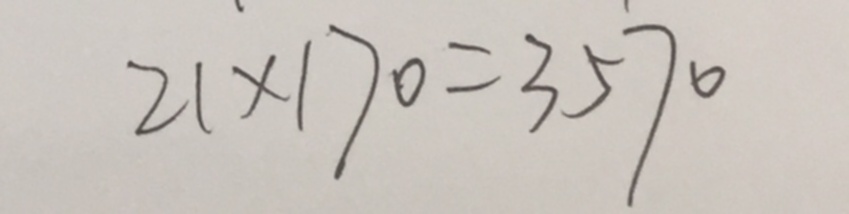
2 1 \times 1 7 0 = 3 5 7 0